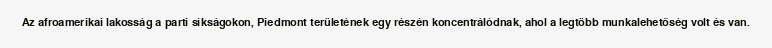
Az afroamerikai lakosság a parti síkságokon, Piedmont területének egy részén koncentrálódnak, ahol a legtöbb munkalehetőség volt és van.